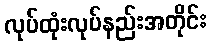
လုပ်ထုံးလုပ်နည်းအတိုင်း